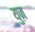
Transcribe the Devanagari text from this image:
युज़